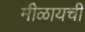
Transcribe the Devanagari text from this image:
मीळायची